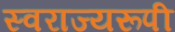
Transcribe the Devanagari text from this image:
स्वराज्यरूपी